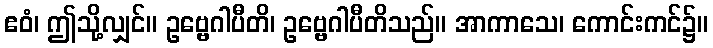
ဧဝံ၊ ဤသို့လျှင်။ ဥဗ္ဗေဂါပီတိ၊ ဥဗ္ဗေဂါပီတိသည်။ အာကာသေ၊ ကောင်းကင်၌။